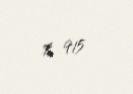
$ 915